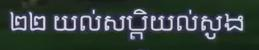
២២ យល់សប្ដិយល់សូង